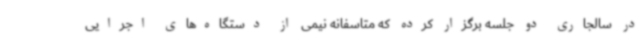
در سالجاری دو جلسه برگزار کرده که متاسفانه نیمی از دستگاه‌های اجرایی